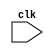
module memory_access_write_back (clk);
input clk;          
wire clk;
reg [31:0] instruction,pc_current,branchtarget,aluresult1,ldresult;
reg isst, isld, isbeq, isbgt, isret, isimmediate, iswb, isubranch, iscall;
reg [4:0] alusignal;
reg [3:0] rd;

                   always @(negedge clk)
                   begin
                   # 9.99
                   aluresult1     <= p.pr3.aluresult1;
                   instruction   <= p.pr3.instruction;
                   pc_current    <= p.pr3.pc_current;
                   branchtarget  <= p.pr3.branchtarget;
                   isst          <= p.pr3.isst;
                   isld          <= p.pr3.isld;
                   isbeq         <= p.pr3.isbeq;
                   isbgt         <= p.pr3.isbgt;
                   isret         <= p.pr3.isret;
                   isimmediate   <= p.pr3.isimmediate;
                   iswb          <= p.pr3.iswb;
                   isubranch     <= p.pr3.isubranch;
                   iscall        <= p.pr3.iscall;
                   alusignal     <= p.pr3.alusignal;
                   rd            <= p.pr3.instruction[25:22];
                   ldresult       = p.ldresult;
                   end
                   
                   endmodule